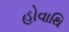
હોવાથિ